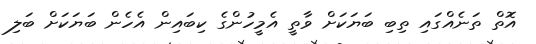
އޮތް ތަނެއްގައި ތިބި ބަޔަކަށް ވާތީ އެމީހުންގެ ކިބައިން އެހެން ބަޔަކަށް ބަލި